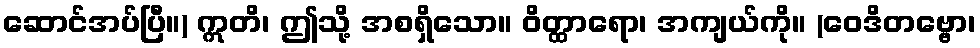
ဆောင်အပ်ပြီ။) ဣတိ၊ ဤသို့ အစရှိသော။ ဝိတ္ထာရော၊ အကျယ်ကို။ (ဝေဒိတဗ္ဗော၊